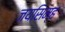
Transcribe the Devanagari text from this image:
जयसिम्ह